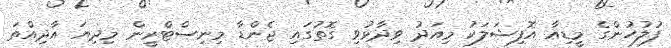
ފުލުހުންގެ މީޑިއާ އޮފިޝަލަކު މިއަދު ވިދާޅުވި ގޮތުގައި ޖެންޑާ މިނިސްޓްރީން މިދިޔަ އާދިއްތަ